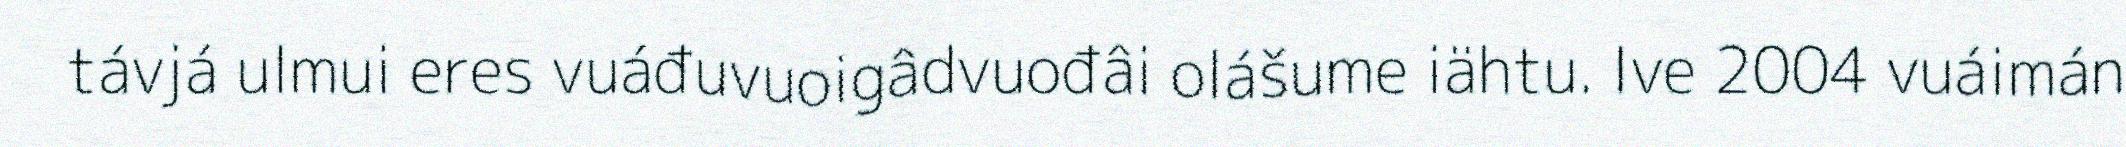
távjá ulmui eres vuáđuvuoigâdvuođâi olášume iähtu. Ive 2004 vuáimán